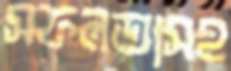
সফলতাসহ